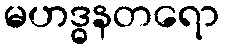
မဟဒ္ဓနတရော